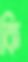
কি